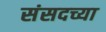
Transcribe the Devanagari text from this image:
संसदच्या